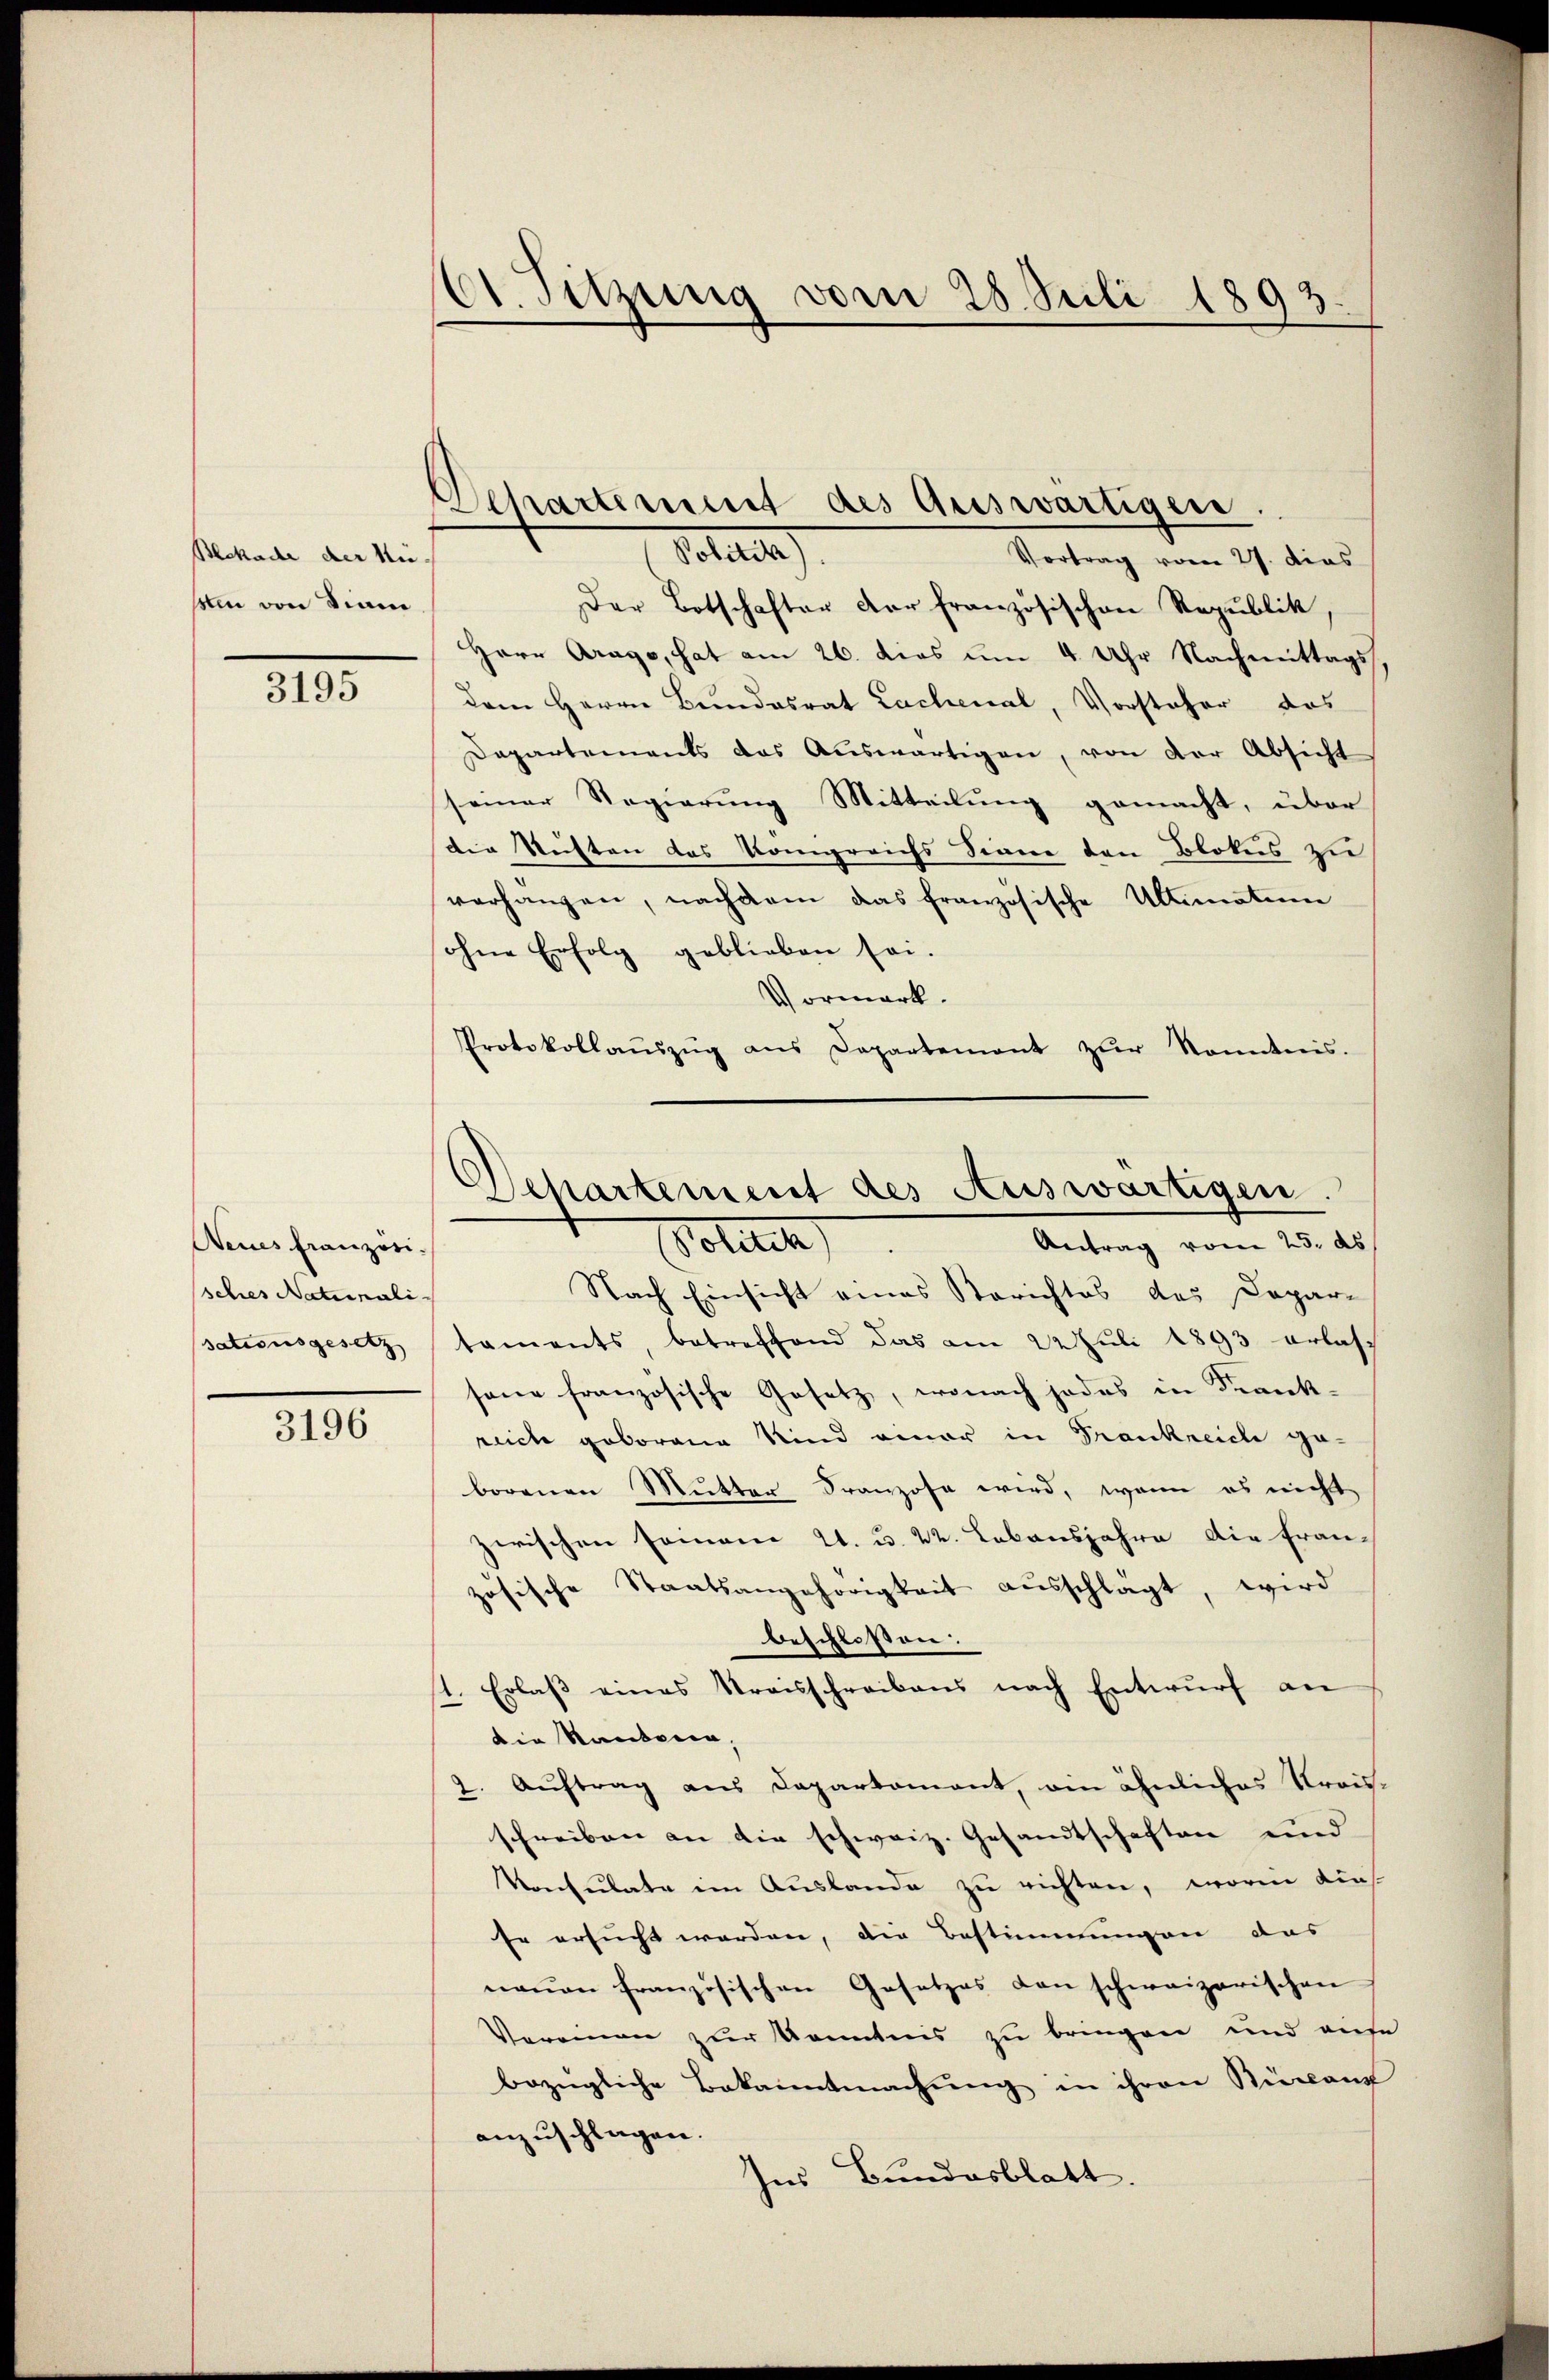
Blekade der Nie-
sin von Sinne

3195

Neues französi-
sches Naturali
sationsgesetz

3196

C. Sitzung vom 28. Juli 1893.

Departement des Auswärtigere
Polter
Vortrag vom 27. dies

Departement des Auswärtigen.
Antrag vom 25. ds
Polich

Der Botschafter der französischen Republik
Herr Arago, hat am 26. dies um 4 Uhr Nachmittags
dem Herrn Bundesrat Lachenal, Vorsteher das
Departements das Aŭswärtigen, von der Absicht
seiner Regierung Mitteilung gemacht, über
die Sitten das Kongreichs Sinne den Blokus zu
vorhangen, nachdem das französische Ultimatum
ohne Erfolg geblieben sei.
Vormerk.
Protokollaŭszŭg ans Departement zŭr Sonntnis.
Nach Einsicht eines Berichtes des Depar-
taments, betreffend das am 22. Jŭli 1893 erlas-
sene französische Gesetz, wonach jedes in Krankreich geborene Kind einer in Trankreiche ge-
borenen Mutter Franzose wird, wenn es nicht
zwischen seinem W. u. 22. Lebensjahre die Fran-
zösische Staatsangehörigkeit aŭsschlagt, wird
beschlossen:
st. Erlaβ eines Kreisschreibens nach Entwŭrf an
die Standern,
2. Aŭftrag aus Departament, ein ähnliches Streis-
schreiben an die schweiz. Gesandtschaften und
Konsulate im Auslande zu richten, worin dies
Er ersucht worden, die Bestimmungen das
naŭen französischen Gesetzes den schweizerischen
Vereinen zur Kenntnis zu bringen und aufe
bezügliche Bekanntmachung in ihren Revant
anzuschlagen.
Ins Bundesblatt.